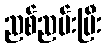
ညစ်ညမ်းပြီး